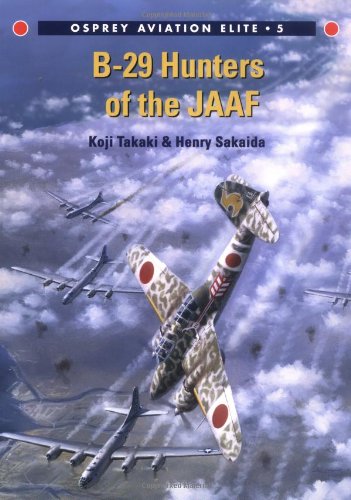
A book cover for B-29 Hunters of the JAAF  (Osprey Aviation Elite 5); Koji Takaki; Arts & Photography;